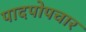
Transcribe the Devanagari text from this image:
पादपोपचार